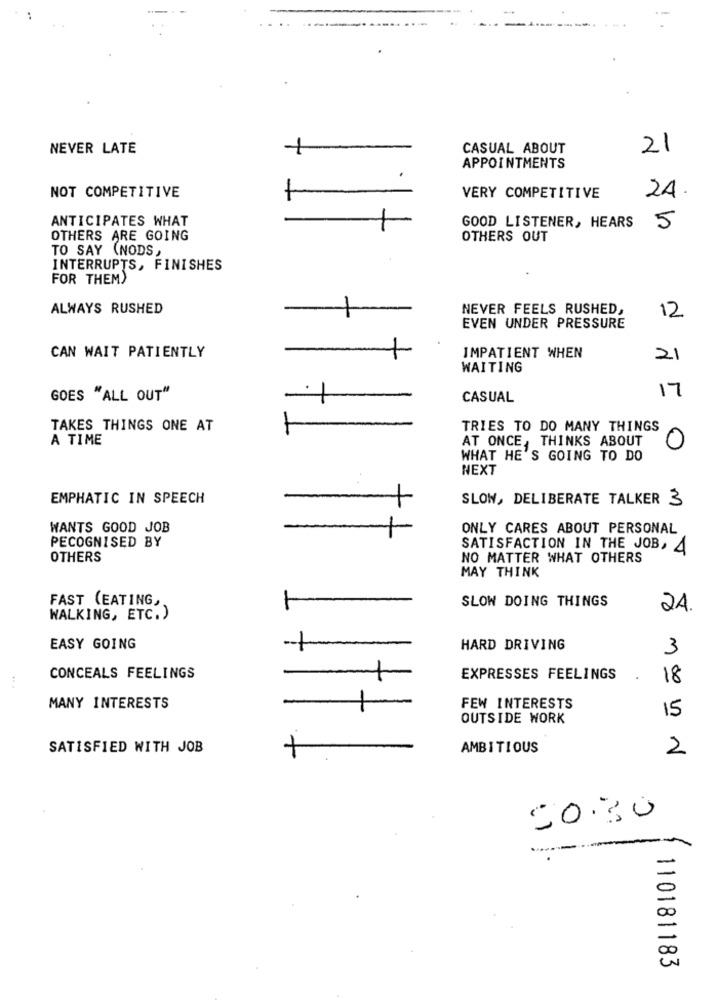
NEVER LATE
CASUAL ABOUT
21
APPOINTMENTS
24.
NOT COMPETITIVE
VERY COMPETITIVE
ANTICIPATES WHAT
GOOD LISTENER, HEARS
5
OTHERS ARE GOING
OTHERS OUT
TO SAY (NODS,
INTERRUPTS, FINISHES
FOR THEM)
ALWAYS RUSHED
NEVER FEELS RUSHED,
12
EVEN UNDER PRESSURE
CAN WAIT PATIENTLY
IMPATIENT WHEN
2
WAITING
17
GOES "ALL OUT"
CASUAL
TAKES THINGS ONE AT
TRIES TO DO MANY THINGS
A TIME
AT ONCE, THINKS ABOUT
0
WHAT HE'S GOING TO DO
NEXT
EMPHATIC IN SPEECH
SLOW, DELIBERATE TALKER 3
WANTS GOOD JOB
ONLY CARES ABOUT PERSONAL
PECOGNISED BY
SATISFACTION IN THE JOB, 4
OTHERS
NO MATTER WHAT OTHERS
MAY THINK
FAST (EATING,
SLOW DOING THINGS
24.
WALKING, ETC.)
EASY GOING
HARD DRIVING
3
CONCEALS FEELINGS
EXPRESSES FEELINGS
18
MANY INTERESTS
FEW INTERESTS
15
OUTSIDE WORK
SATISFIED WITH JOB
AMBITIOUS
2
20.30
110181183